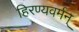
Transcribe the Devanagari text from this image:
हिरण्यवर्मन्